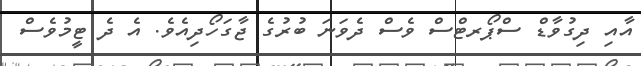
އާއި ދިގުވާޑް ސްޕޯރޓްސް ވެސް ދެވަނަ ބުރުގެ ޖާގަހޯދިއެވެ. އެ ދެ ޓީމުވެސް